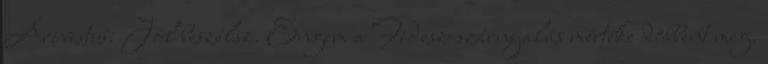
Arivistus: Jól beszélsz. Engem a Fidesz-szárnyalás mértéke döbbent meg.